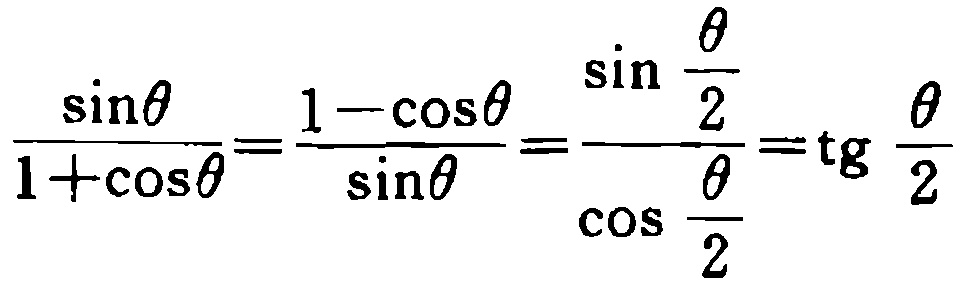
\(\frac{\sin\theta}{1 + \cos\theta}=\frac{1 - \cos\theta}{\sin\theta}=\frac{\sin\frac{\theta}{2}}{\cos\frac{\theta}{2}}=\operatorname{tg}\frac{\theta}{2}\)